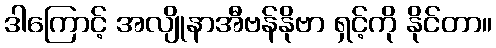
ဒါကြောင့် အလျိုနာအီဗန်နိုဗာ ရှင့်ကို နိုင်တာ။